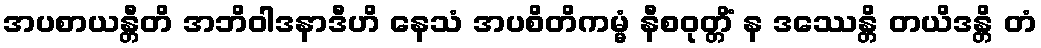
အပစာယန္တီတိ အဘိဝါဒနာဒီဟိ နေသံ အပစိတိကမ္မံ နီစဝုတ္တိံ န ဒဿေန္တိ တယိဒန္တိ တံ